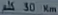
30 km